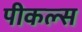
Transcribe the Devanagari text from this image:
पीकल्स